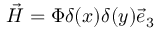
\vec { { \cal H } } = \Phi \delta ( x ) \delta ( y ) \vec { e } _ { 3 }